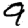
Digit: 9